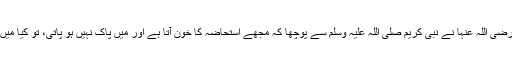
فاطمہ بنت ابی حبیش رضی اللہ عنہا نے نبی کریم صلی اللہ علیہ وسلم سے پوچھا کہ مجھے استحاضہ کا خون آتا ہے اور میں پاک نہیں ہو پاتی، تو کیا میں نماز چھوڑ دیا کروں؟